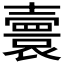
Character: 𡕅